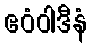
ဧဝံဝါဒီနံ